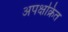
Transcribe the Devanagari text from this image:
अपक्षक्रित